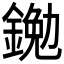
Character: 𨩯